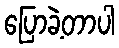
ပြောခဲ့တာပါ